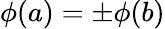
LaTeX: \phi(a)=\pm\phi(b)